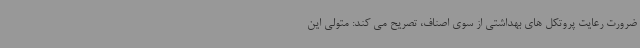
ضرورت رعایت پروتکل های بهداشتی از سوی اصناف، تصریح می کند: متولی این